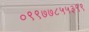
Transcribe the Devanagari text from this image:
०९९७७८५५३९९